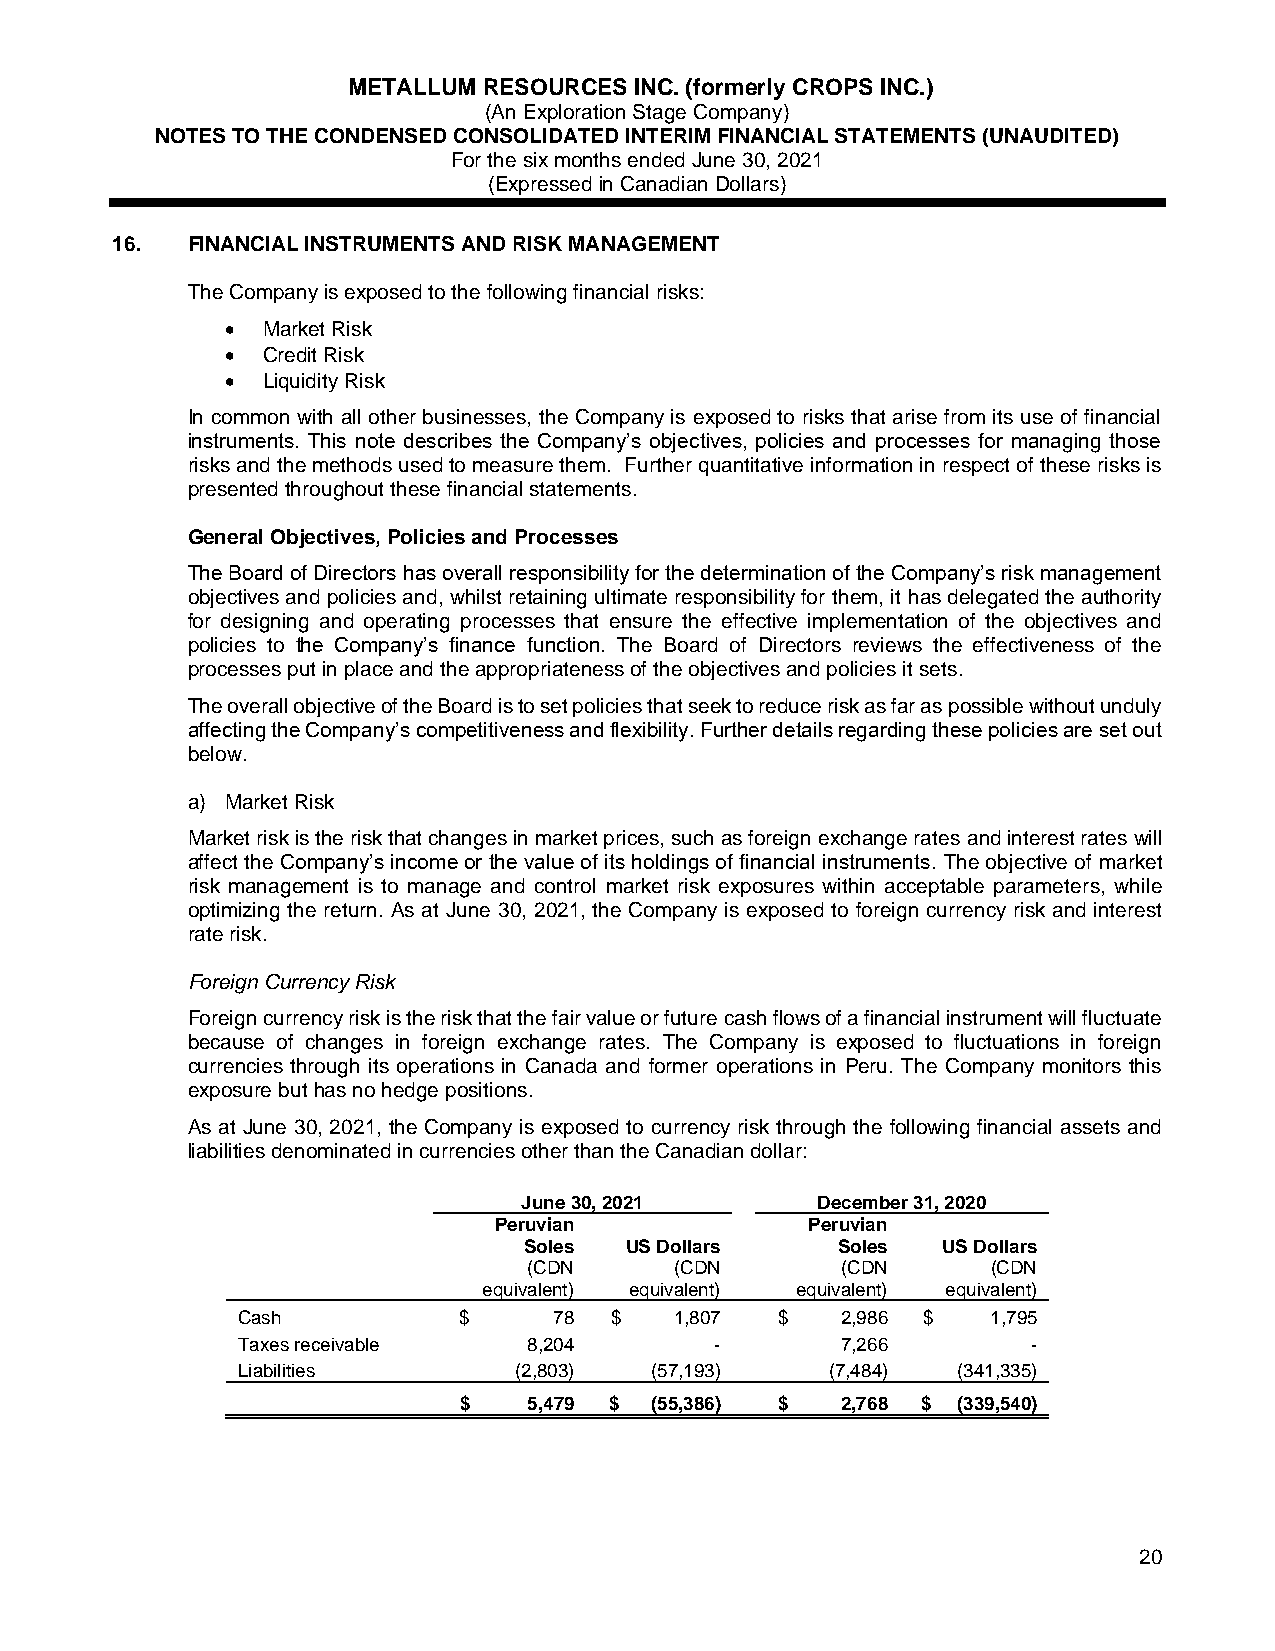
METALLUM RESOURCES INC. (formerly CROPS INC.)
 (An Exploration Stage Company)
 NOTES TO THE CONDENSED CONSOLIDATED INTERIM FINANCIAL STATEMENTS (UNAUDITED)
 For the six months ended June 30, 2021
 (Expressed in Canadian Dollars)
 16.  FINANCIAL INSTRUMENTS AND RISK MANAGEMENT
 The Company is exposed to the following financial risks:
 • Market Risk
 • Credit Risk
 • Liquidity Risk
 In common with all other businesses, the Company is exposed to risks that arise from its use of financial
 instruments. This note describes the Company’s objectives, policies and processes for managing those
 risks and the methods used to measure them. Further quantitative information in respect of these risks is
 presented throughout these financial statements.
 General Objectives, Policies and Processes
 The Board of Directors has overall responsibility for the determination of the Company’s risk management
 objectives and policies and, whilst retaining ultimate responsibility for them, it has delegated the authority
 for designing and operating processes that ensure the effective implementation of the objectives and
 policies to the Company’s finance function. The Board of Directors reviews the effectiveness of the
 processes put in place and the appropriateness of the objectives and policies it sets.
 The overall objective of the Board is to set policies that seek to reduce risk as far as possible without unduly
 affecting the Company’s competitiveness and flexibility. Further details regarding these policies are set out
 below.
 a) Market Risk
 Market risk is the risk that changes in market prices, such as foreign exchange rates and interest rates will
 affect the Company’s income or the value of its holdings of financial instruments. The objective of market
 risk management is to manage and control market risk exposures within acceptable parameters, while
 optimizing the return. As at June 30, 2021, the Company is exposed to foreign currency risk and interest
 rate risk.
 Foreign Currency Risk
 Foreign currency risk is the risk that the fair value or future cash flows of a financial instrument will fluctuate
 because of changes in foreign exchange rates. The Company is exposed to fluctuations in foreign
 currencies through its operations in Canada and former operations in Peru. The Company monitors this
 exposure but has no hedge positions.
 As at June 30, 2021, the Company is exposed to currency risk through the following financial assets and
 liabilities denominated in currencies other than the Canadian dollar:
 June 30, 2021      December 31, 2020
 Peruvian             Peruvian
 Soles US Dollars    Soles  US Dollars
 (CDN      (CDN       (CDN      (CDN
 equivalent) equivalent) equivalent) equivalent)
 Cash          $      78 $    1,807  $   2,986 $   1,795
 Taxes receivable   8,204       -        7,266       -
 Liabilities       (2,803)  (57,193)    (7,484) (341,335)
 $    5,479 $ (55,386) $   2,768 $ (339,540)
 20